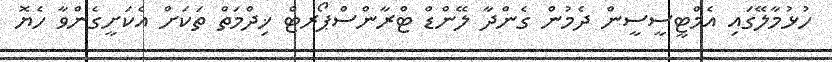
ހުޅުމާލޭގައި އެމްޓީސީސީން ދެމުން ގެންދާ ލޭންޑް ޓްރާންސްޕޯރޓް ޚިދްމަތް ތަކަށް އެކަށީގެންވާ ހެޔޮ